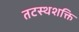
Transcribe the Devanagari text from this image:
तटस्थशक्ति